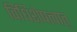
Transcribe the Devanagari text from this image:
विधिशेषत्वात्